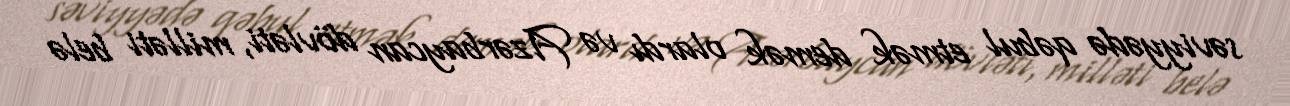
səviyyədə qəbul etmək demək olardı və Azərbaycan dövləti, milləti belə